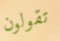
تقولون